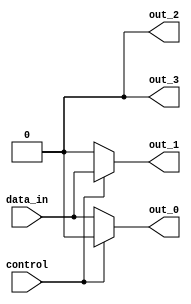
module demultiplexer (
    input wire data_in,
    input wire control,
    output reg out_0,
    output reg out_1,
    output reg out_2,
    output reg out_3
);

always @* begin
    if (control == 2'b00) begin
        out_0 = data_in;
        out_1 = 1'b0;
        out_2 = 1'b0;
        out_3 = 1'b0;
    end
    else if (control == 2'b01) begin
        out_0 = 1'b0;
        out_1 = data_in;
        out_2 = 1'b0;
        out_3 = 1'b0;
    end
    else if (control == 2'b10) begin
        out_0 = 1'b0;
        out_1 = 1'b0;
        out_2 = data_in;
        out_3 = 1'b0;
    end
    else begin
        out_0 = 1'b0;
        out_1 = 1'b0;
        out_2 = 1'b0;
        out_3 = data_in;
    end
end

endmodule